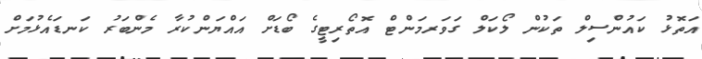
އަތޮޅު ކައުންސިލް ތަކުން ލޯކަލް ގަވަރމަންޓް އޮތޯރިޓީގެ ބޯޑަށް އައްޔަންކުރާ މެންބަރު ކަނޑައެޅުމަށް